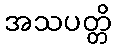
အသပတ္တိ